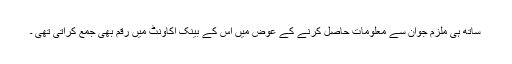
ساتھ ہی ملزم جوان سے معلومات حاصل کرنے کے عوض میں اس کے بینک اکاونٹ میں رقم بھی جمع کراتی تھی ۔